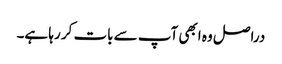
‏ دراصل وہ ابھی آپ سے بات کر رہا ہے۔